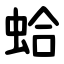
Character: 蛤